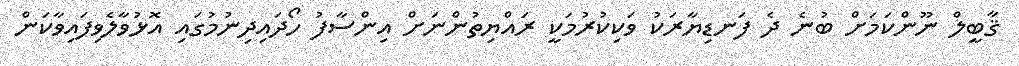
ޤާބީލް ނޫންކަމަށް ބުނެ ދެ ފަނޑިޔާރަކު ވަކިކުރުމަކީ ރައްޔިތުންނަށް އިންސާފު ހޯދައިދިނުމުގައި އޮޅުވާލެވިފައިވާކަން